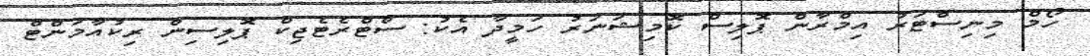
ހޯމް މިނިސްޓަރު އިމްރާން ޕޮލިސް ކޮމިޝަނަރު ހަމީދާ އެކު: ސްޓްރެޓެޖިކް ޕޮލިސިން ރިކުއާމަންޓް